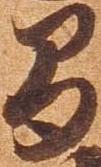
間